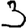
Digit: 3